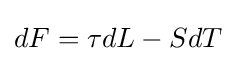
{\begin{aligned}dF=\tau dL-SdT\end{aligned}}